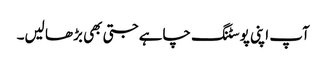
آپ اپنی پوسٹنگ چاہے جتی بھی بڑھا لیں۔